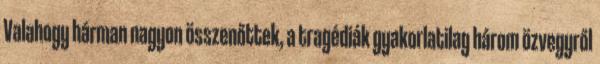
Valahogy hárman nagyon összenőttek, a tragédiák gyakorlatilag három özvegyről